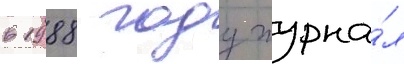
в 1988 году журна́л